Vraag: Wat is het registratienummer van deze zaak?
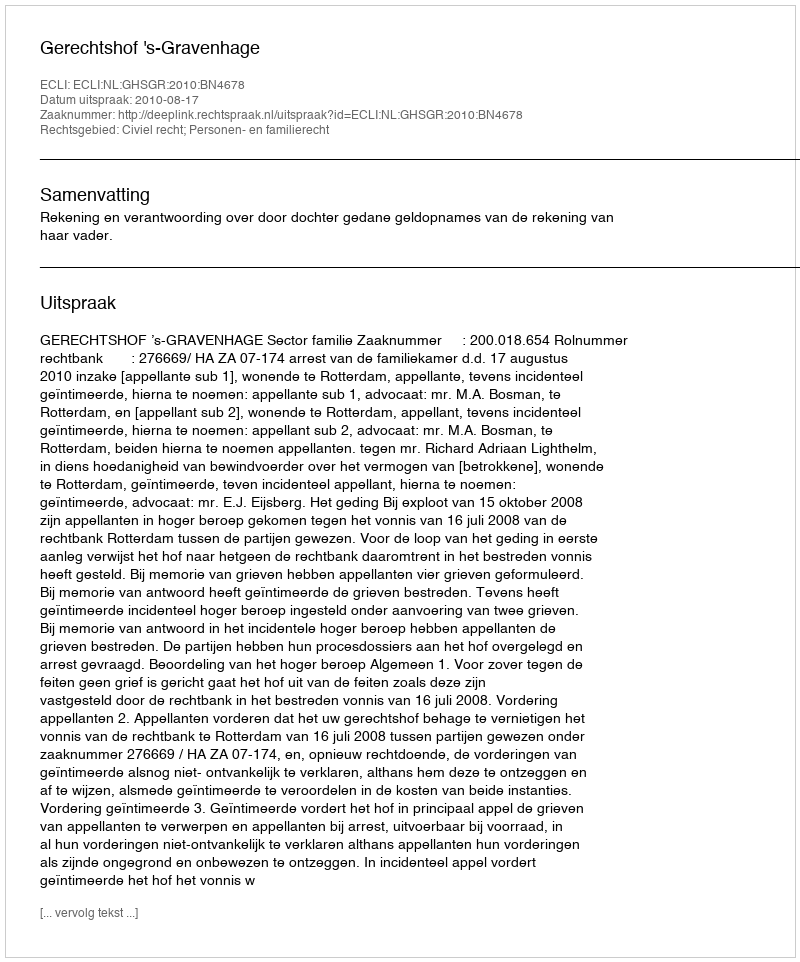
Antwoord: http://deeplink.rechtspraak.nl/uitspraak?id=ECLI:NL:GHSGR:2010:BN4678